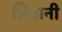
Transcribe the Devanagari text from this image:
जिठानी